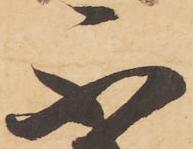
不